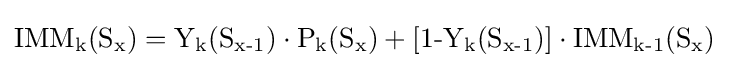
\operatorname {IMM_{k}(S_{x})=Y_{k}(S_{x-1})\cdot P_{k}(S_{x})+[1-{Y_{k}(S_{x-1})]\cdot IMM_{k-1}(S_{x})}}